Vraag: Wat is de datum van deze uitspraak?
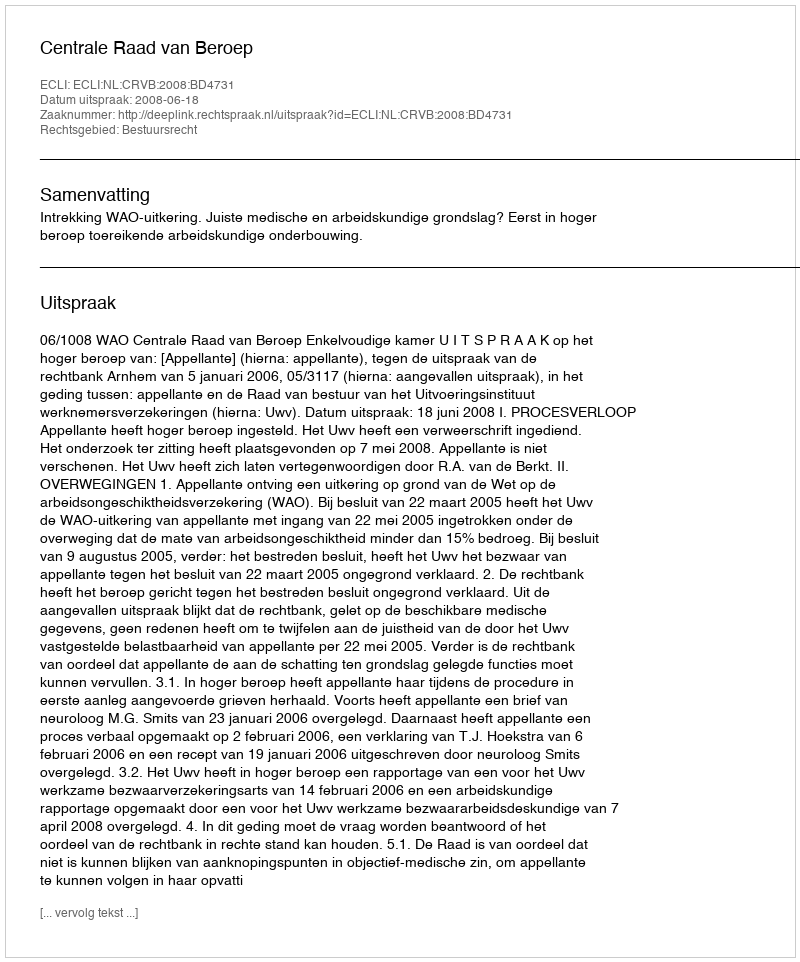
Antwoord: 2008-06-18